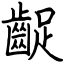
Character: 齪